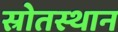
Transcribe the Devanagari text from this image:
स्रोतस्थान